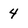
Character: 4